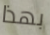
بهذا